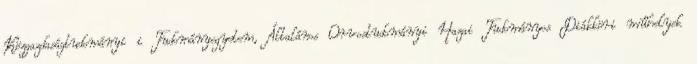
Közgazdaságtudományi i Tudományegyetem, Általános Orvostudományi Hazai Tudományos Diákköri műhelyek